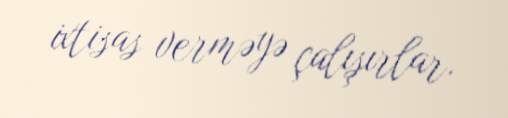
ixtisas verməyə çalışırlar.